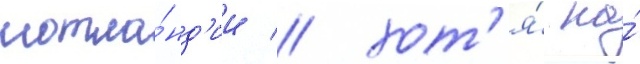
шотла́нд'ии / хот'я́ на́